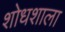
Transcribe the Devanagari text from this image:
शोधशाला